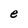
Character: e